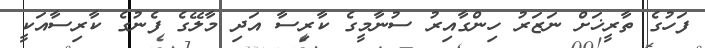
ފަހުގެ ތާރީޚަށް ނަޒަރު ހިންގާއިރު ސުނާމީގެ ކާރިސާ އަދި މާލޭގެ ފެނުގެ ކާރިސާއަކީ